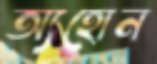
অ্যহোন